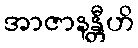
အာဇာနန္တီဟိ